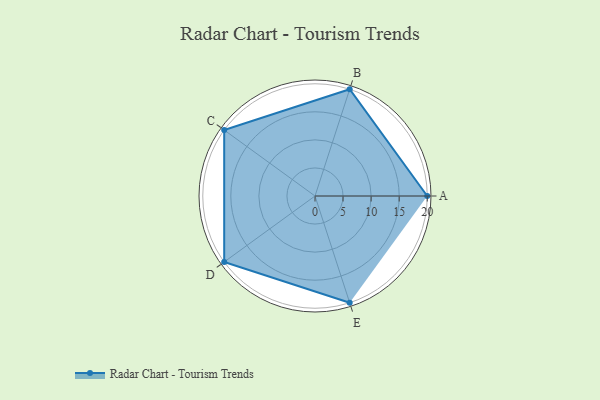
{"axis": {"x": "Skill", "y": "Score"}, "legend": ["Profile"], "data": [{"x": "A", "y": 20, "type": "Profile"}, {"x": "B", "y": 20, "type": "Profile"}, {"x": "C", "y": 20, "type": "Profile"}, {"x": "D", "y": 20, "type": "Profile"}, {"x": "E", "y": 20, "type": "Profile"}]}